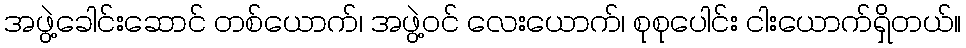
အဖွဲ့ခေါင်းဆောင် တစ်ယောက်၊ အဖွဲ့ဝင် လေးယောက်၊ စုစုပေါင်း ငါးယောက်ရှိတယ်။